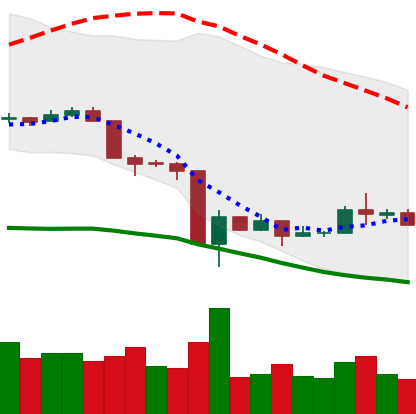
Ticker: LTC-USD
Chart end date: 2020-03-22
Forward return: 9.236%
Label: up_7plus